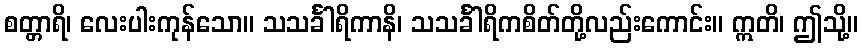
စတ္တာရိ၊ လေးပါးကုန်သော။ သသင်္ခါရိကာနိ၊ သသင်္ခါရိကစိတ်တို့လည်းကောင်း။ ဣတိ၊ ဤသို့။